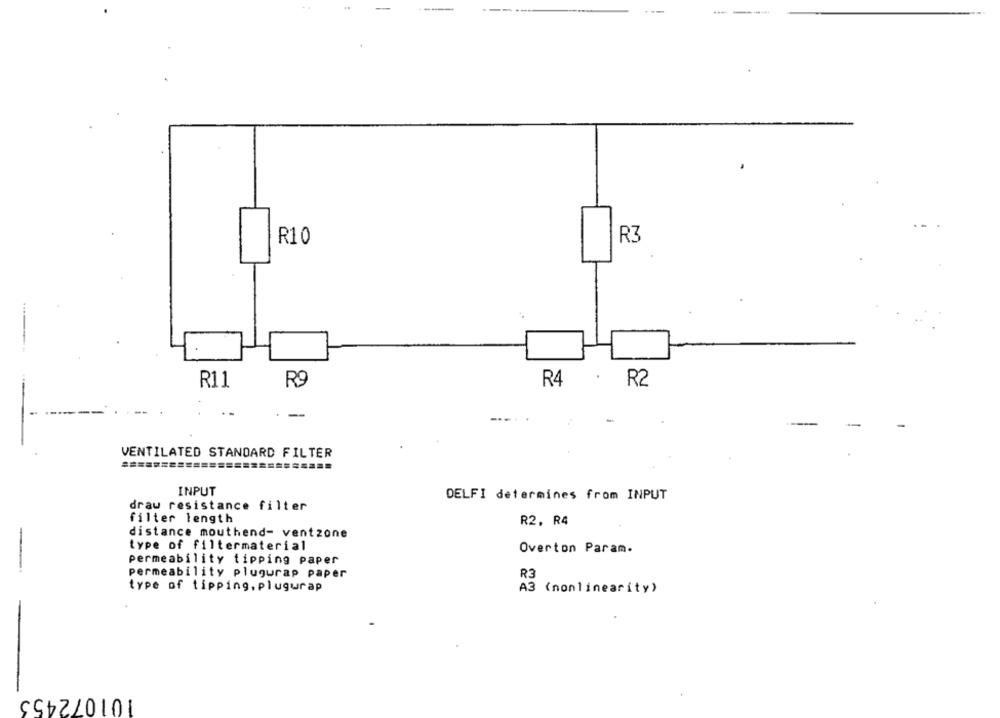
R10
R3
R11
R9
R4
R2
-
VENTILATED STANDARD FILTER
==========
INPUT
DELFI determines from INPUT
drau resistance filter
filter length
R2. R4
distance mouthend- ventzone
type of filtermaterial
Overton Param.
permeability tipping paper
-
permeability plugurap paper
R3
type of tipping, plugwrap
A3 (nonlinearity)
101072453